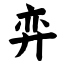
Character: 弈